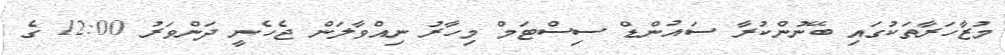
މުޒާހަރާތަކުގައި ބޭނުންކުރާ ސައުންޑް ސިސްޓަމް މިހާރު ނިއްވާލަން ޖެހެނީ ދަންވަރު 12:00 ގެ